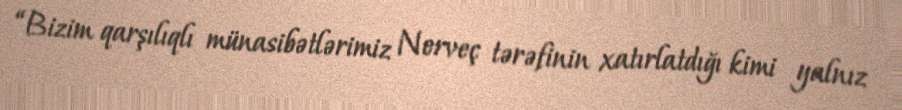
“Bizim qarşılıqlı münasibətlərimiz Norveç tərəfinin xatırlatdığı kimi yalnız